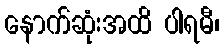
နောက်ဆုံးအထိ ပါရမီ၊